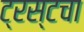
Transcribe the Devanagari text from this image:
ट्रस्टचा